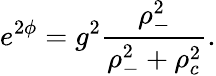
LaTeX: e^{2\phi}=g^{2}\frac{\rho_{-}^{2}}{\rho_{-}^{2}+\rho_{c}^{2}}.